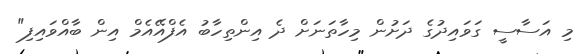
މި އަސާސީ ގަވައިދުގެ ދަށުން މިހާތަނަށް ދެ އިންތިހާބު އެފްއޭއެމް އިން ބާއްވައިފި"